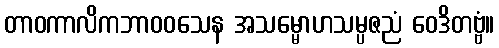
တာဝကာလိကဘာဝဝသေန အသမ္မောဟသမ္ပဇညံ ဝေဒိတဗ္ဗံ။